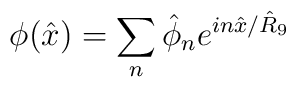
\phi ( \hat{x}) = \sum_{n} \hat{\phi}_n e^{in \hat{x}/\hat{R}_9}